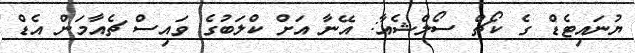
ޔުނައިޓެޑް ގެ ކޯޗް ސޯލްޝެއާ: އޭނާ އަށް ކްލަބުގެ ވައިސް ޗެއާމަން އެޑް